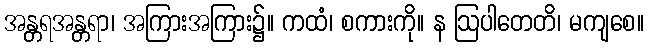
အန္တရအန္တရာ၊ အကြားအကြား၌။ ကထံ၊ စကားကို။ န ဩပါတေတိ၊ မကျစေ။